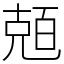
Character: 兡